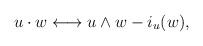
LaTeX: \begin{align*}u\cdot w\longleftrightarrow u\wedge w - i_{u}(w),\end{align*}